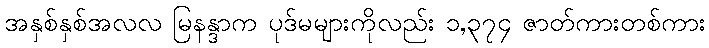
အနှစ်နှစ်အလလ မြနန္ဒာက ပုဒ်မများကိုလည်း ၁,၃၇၄ ဇာတ်ကားတစ်ကား